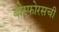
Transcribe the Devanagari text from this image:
बोस्फोरसची